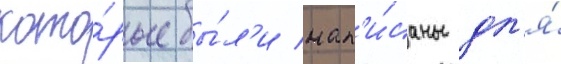
кото́рые бы́л'и нап'и́саны дл'я́